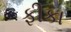
ફીકા